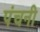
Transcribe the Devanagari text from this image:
पंचनी